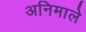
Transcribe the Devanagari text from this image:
अनिमाले